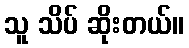
သူ သိပ် ဆိုးတယ်။